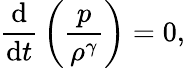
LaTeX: {\frac{\mathrm{d}}{\mathrm{d}t}}\left({\frac{p}{\rho^{\gamma}}}\right)=0,